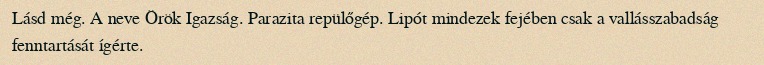
Lásd még. A neve Örök Igazság. Parazita repülőgép. Lipót mindezek fejében csak a vallásszabadság fenntartását ígérte.